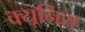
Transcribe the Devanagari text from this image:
क्यूनिस